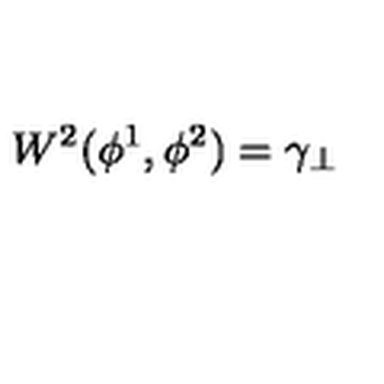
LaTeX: W ^ { 2 } ( \phi ^ { 1 } , \phi ^ { 2 } ) = \gamma _ { \perp }